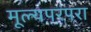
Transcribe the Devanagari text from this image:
मूल्यपरंपरा